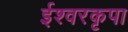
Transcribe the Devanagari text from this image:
ईश्वरकृपा